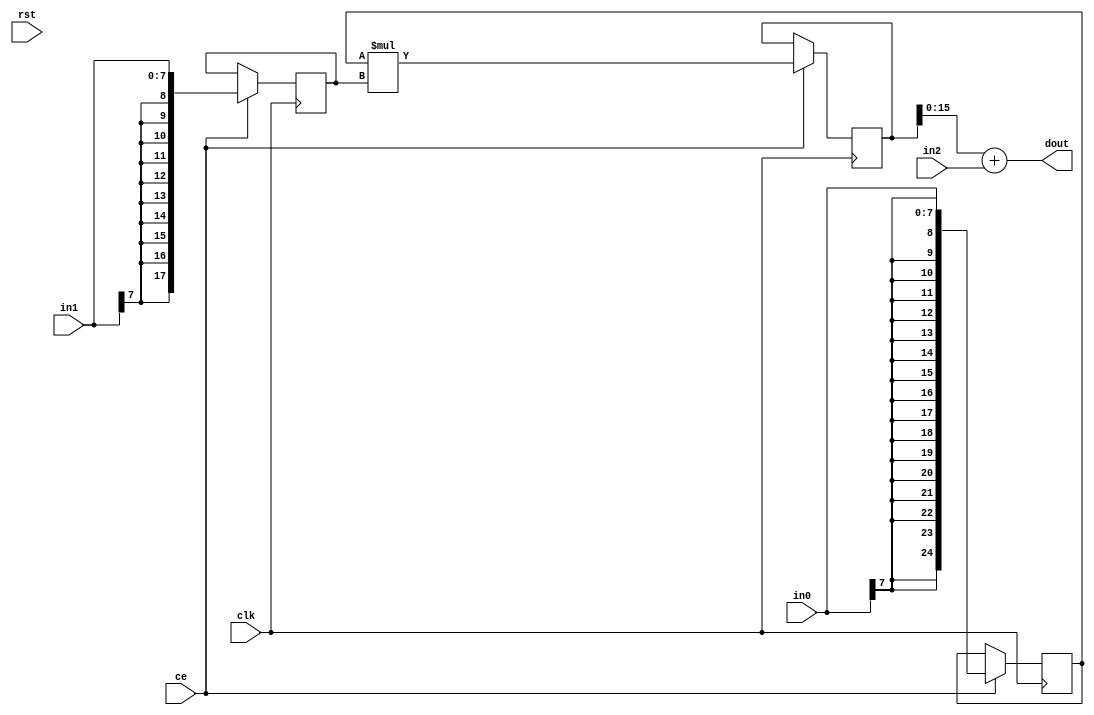
module matrix_mult_mac_mcud_DSP48_0(
    input clk,
    input rst,
    input ce,
    input  [8 - 1:0] in0,
    input  [8 - 1:0] in1,
    input  [16 - 1:0] in2,
    output [16 - 1:0]  dout);

wire signed [25 - 1:0]     a;
wire signed [18 - 1:0]     b;
wire signed [48 - 1:0]     c;
wire signed [43 - 1:0]     m;
wire signed [48 - 1:0]     p;
reg  signed [43 - 1:0]     m_reg;
reg  signed [25 - 1:0]     a_reg;
reg  signed [18 - 1:0]     b_reg;

assign a  = $signed(in0);
assign b  = $signed(in1);
assign c  = $unsigned(in2);

assign m  = a_reg * b_reg;
assign p  = m_reg + c;

always @(posedge clk) begin
    if (ce) begin
        m_reg  <= m;
        a_reg  <= a;
        b_reg  <= b;
    end
end

assign dout = p;

endmodule